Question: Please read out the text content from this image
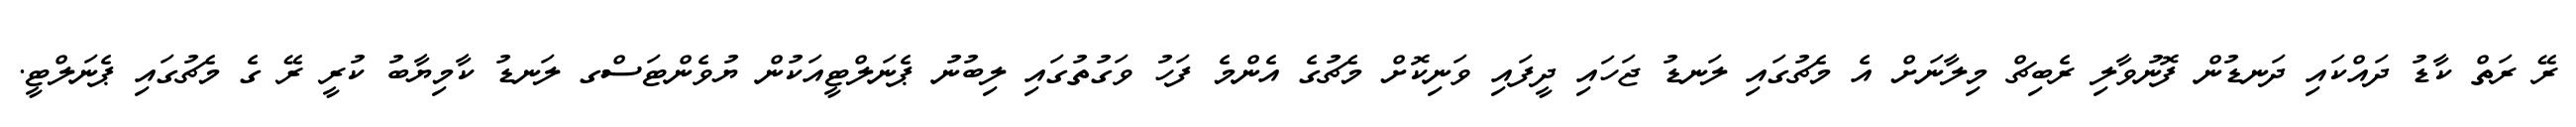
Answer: ރޭ ރަތް ކާޑު ދައްކައި ދަނޑުން ފޮނުވާލި ރެބިޗް މިލާނަށް އެ މެޗުގައި ލަނޑު ޖަހައި ދީފައި ވަނިކޮށް މެޗުގެ އެންމެ ފަހު ވަގުތުގައި ލިބުނު ޕެނަލްޓީއަކުން ޔުވެންޓަސްގ ލަނޑު ކާމިޔާބު ކުރީ ރޭ ގެ މެޗުގައި ޕެނަލްޓީ.